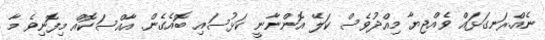
ނެއް.ރަނގަޅައް ވެއްޖިޔާ މިއްދުވެސް ކަލޭ އޮންނާނީ ކަޅުސައި ބޮއެގެން. އާއްސަކޮއް މިފޮނިވެ މާ